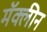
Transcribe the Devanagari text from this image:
मॅक्लीन